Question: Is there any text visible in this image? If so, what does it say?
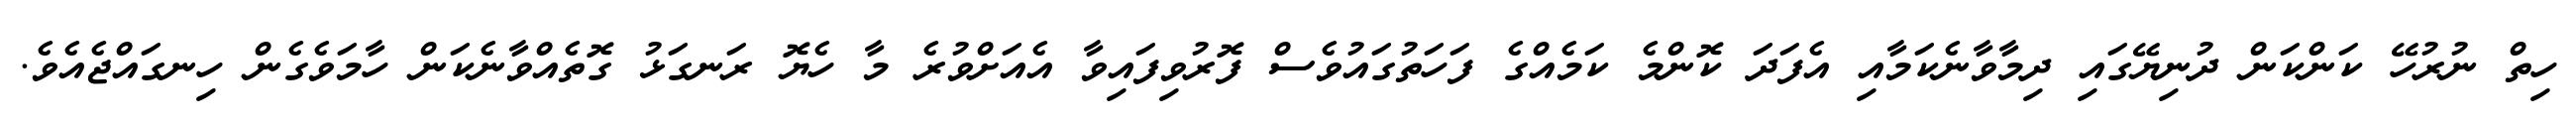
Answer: ހިތް ނުރުހޭ ކަންކަން ދުނިޔޭގައި ދިމާވާނެކަމާއި އެފަދަ ކޮންމެ ކަމެއްގެ ފަހަތުގައުވެސް ފޮރުވިފައިވާ އެއަށްވުރެ މާ ހެޔޮ ރަނގަޅު ގޮތެއްވާނެކަން ހާމަވެގެން ހިނގައްޖެއެވެ.